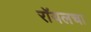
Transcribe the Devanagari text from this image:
रॉयलचा